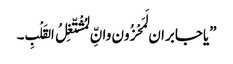
”یاجابران لَمَحْزُون وانِّ لمُشْتّغِلُ القَلْبِ۔